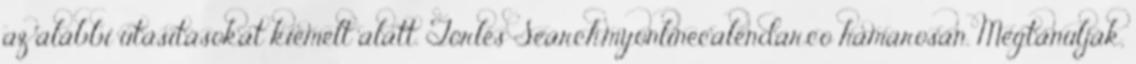
az alábbi utasításokat kiemelt alatt. Törlés Search.myonlinecalendar.co hamarosan. Megtanulják,